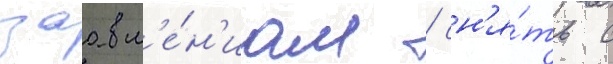
заавл'е́н'иам / сн'я́ть с